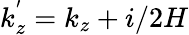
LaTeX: k_{z}^{'}=k_{z}+i/2H